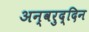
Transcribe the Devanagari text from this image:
अन्वरुद्दिन